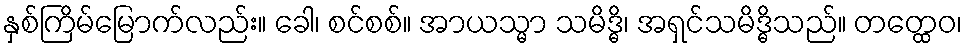
နှစ်ကြိမ်မြောက်လည်း။ ခေါ၊ စင်စစ်။ အာယသ္မာ သမိဒ္ဓိ၊ အရှင်သမိဒ္ဓိသည်။ တတ္ထေဝ၊